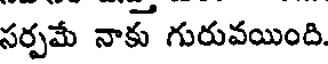
సర్పమే నాకు గురువయింది.